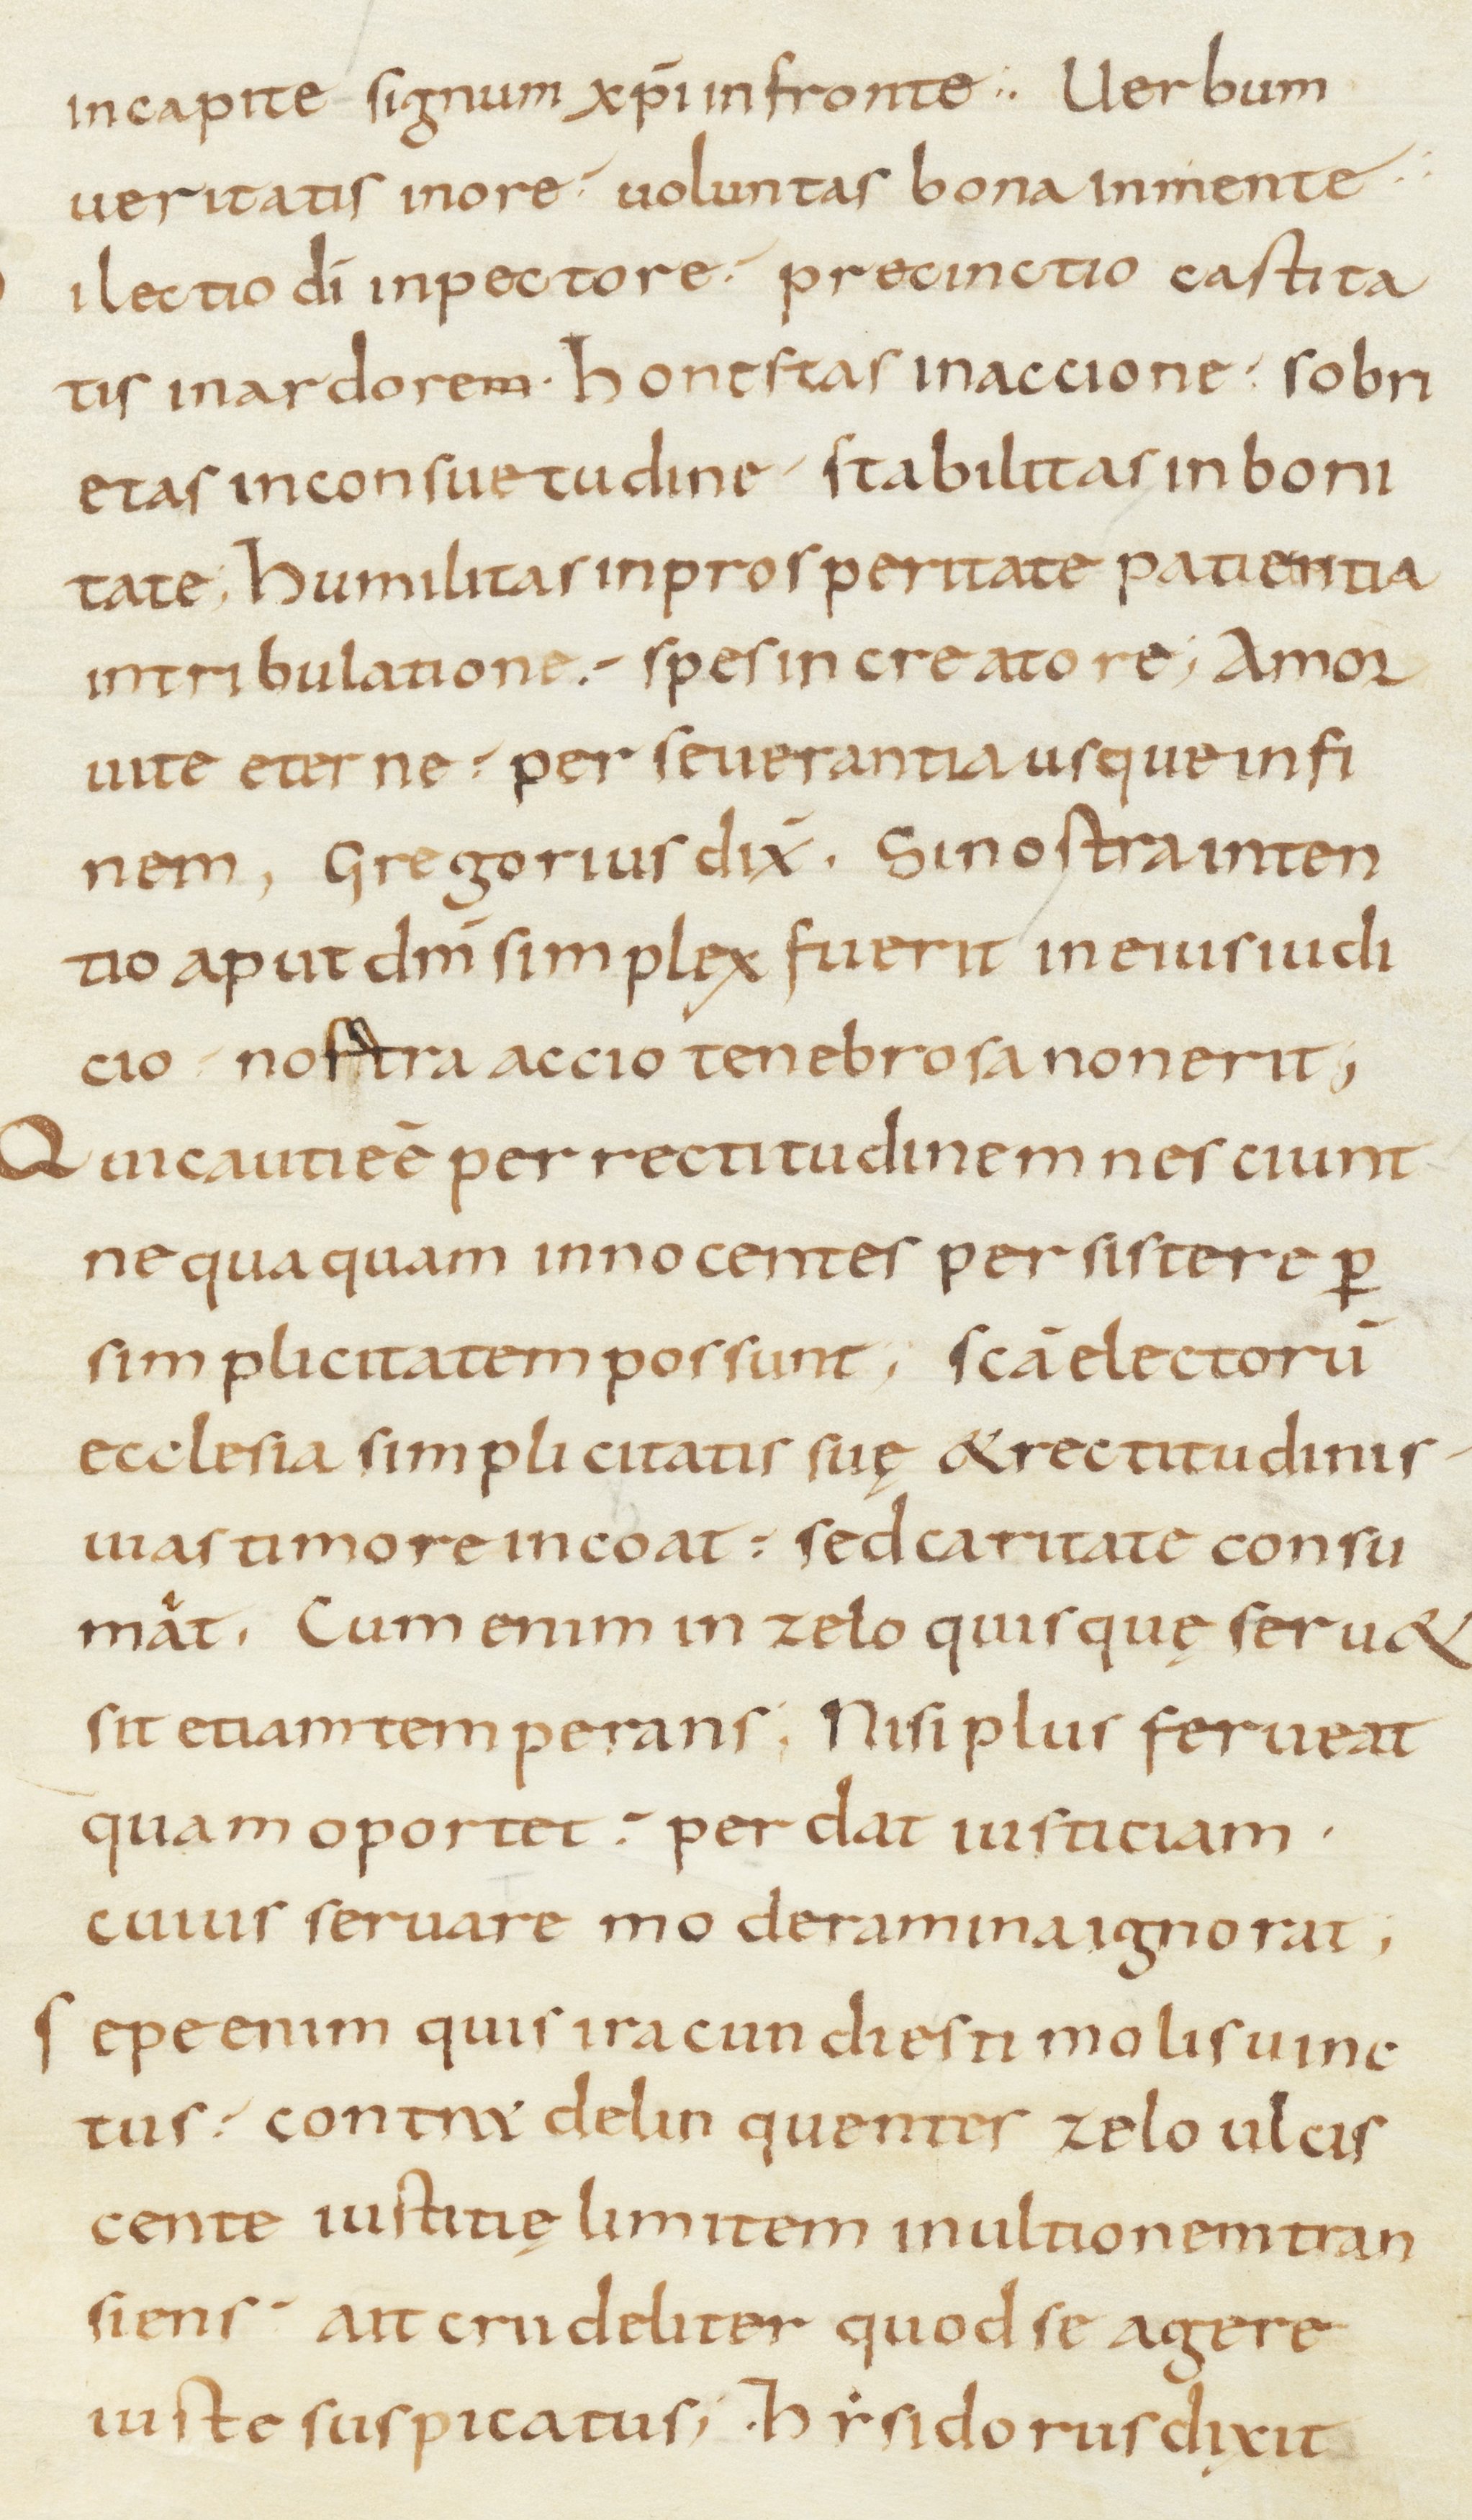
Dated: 800–899